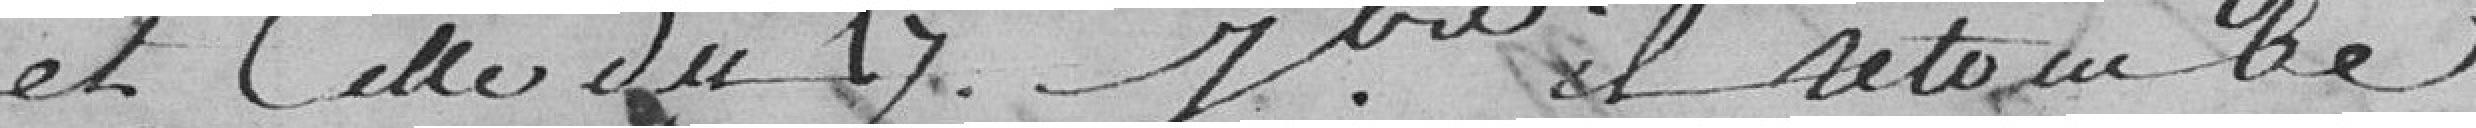
et celle du 17 .... il retombe